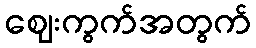
ဈေးကွက်အတွက်